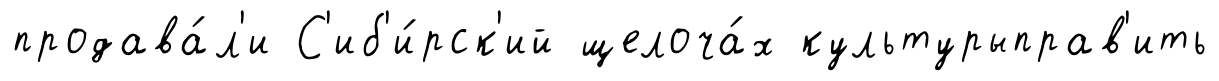
продава́л'и С'иб'и́рск'ий щелоча́х культурыправ'ить